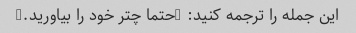
این جمله را ترجمه کنید: "حتما چتر خود را بیاورید."